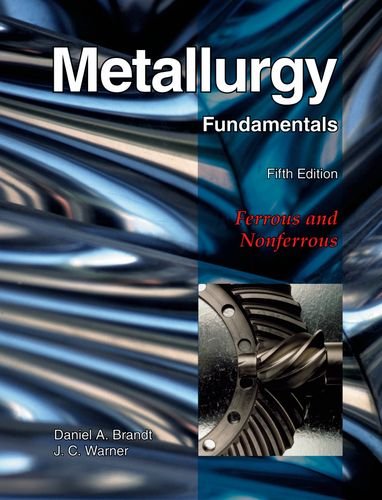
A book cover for Metallurgy Fundamentals; Daniel A. Brandt; Engineering & Transportation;